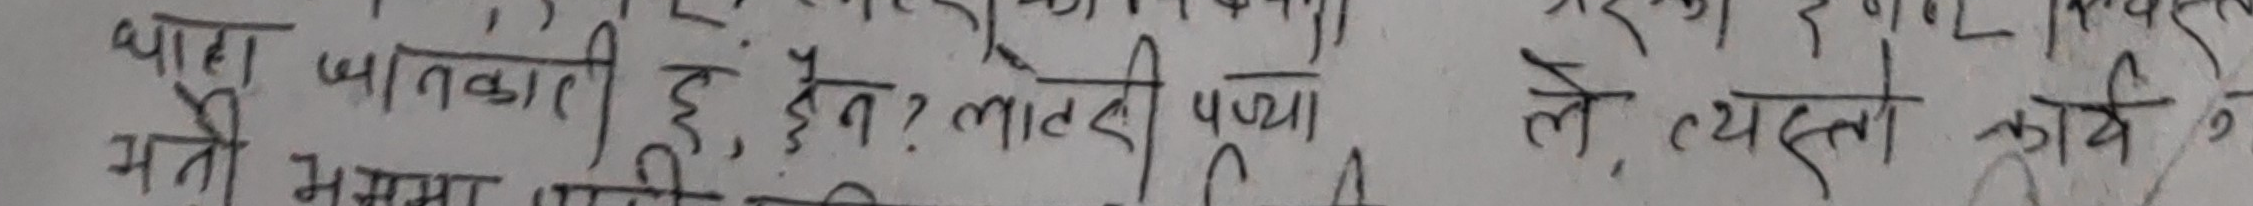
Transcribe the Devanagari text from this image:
थाहा जानकारी हु हेन ? लालदी पञ्जा ले, व्यस्त कार्य
भनि भन्दा पनि